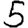
Digit: 5